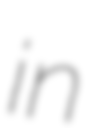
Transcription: in